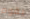
يقوم